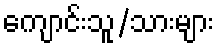
ကျောင်းသူ/သားများ